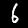
Label: 6